Note on the mental hospitals in Burma - 1925-1940
Year: 1925
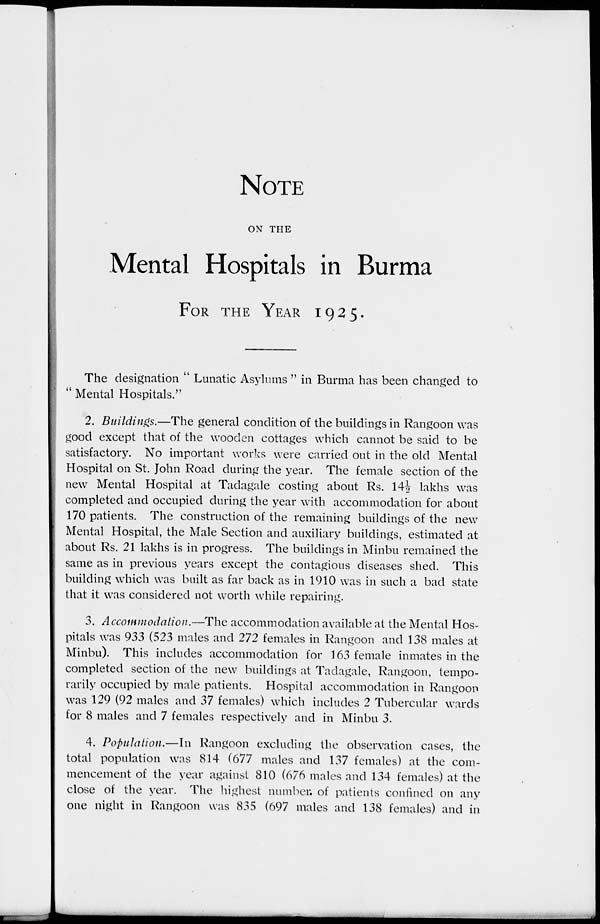
NOTE
ON THE
Mental Hospitals in Burma
FOR THE YEAR 1925.
The designation " Lunatic Asylums " in Burma has been changed to
" Mental Hospitals."
2. Buildings.—The general condition of the buildings in Rangoon was
good except that of the wooden cottages which cannot be said to be
satisfactory. No important works were carried out in the old Mental
Hospital on St. John Road during the year. The female section of the
new Mental Hospital at Tadagale costing about Rs. 14½ lakhs was
completed and occupied during the year with accommodation for about
170 patients. The construction of the remaining buildings of the new
Mental Hospital, the Male Section and auxiliary buildings, estimated at
about Rs. 21 lakhs is in progress. The buildings in Minbu remained the
same as in previous years except the contagious diseases shed. This
building which was built as far back as in 1910 was in such a bad state
that it was considered not worth while repairing.
3. Accommodation.—The accommodation available at the Mental Hos-
pitals was 933 (523 males and 272 females in Rangoon and 138 males at
Minbu). This includes accommodation for 163 female inmates in the
completed section of the new buildings at Tadagale, Rangoon, tempo-
rarily occupied by male patients. Hospital accommodation in Rangoon
was 129 (92 males and 37 females) which includes 2 Tubercular wards
for 8 males and 7 females respectively and in Minbu 3.
4. Population.—In Rangoon excluding the observation cases, the
total population was 814 (677 males and 137 females) at the com-
mencement of the year against 810 (676 males and 134 females) at the
close of the year. The highest number of patients confined on any
one night in Rangoon was 835 (697 males and 138 females) and in